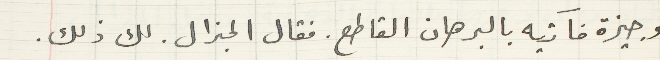
وجيزة فاتيه بالبرهان القاطع . فقال الجنرال . لك ذلك.